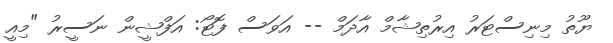
ޔޫތު މިނިސްޓަރު އިރުތިޝާމް އާދަމް -- އަވަސް ފޮޓޯ: އަފްޝީން ނަސީރު "މިއީ